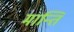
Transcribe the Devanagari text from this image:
मान्ति